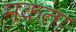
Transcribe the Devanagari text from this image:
मक़ता